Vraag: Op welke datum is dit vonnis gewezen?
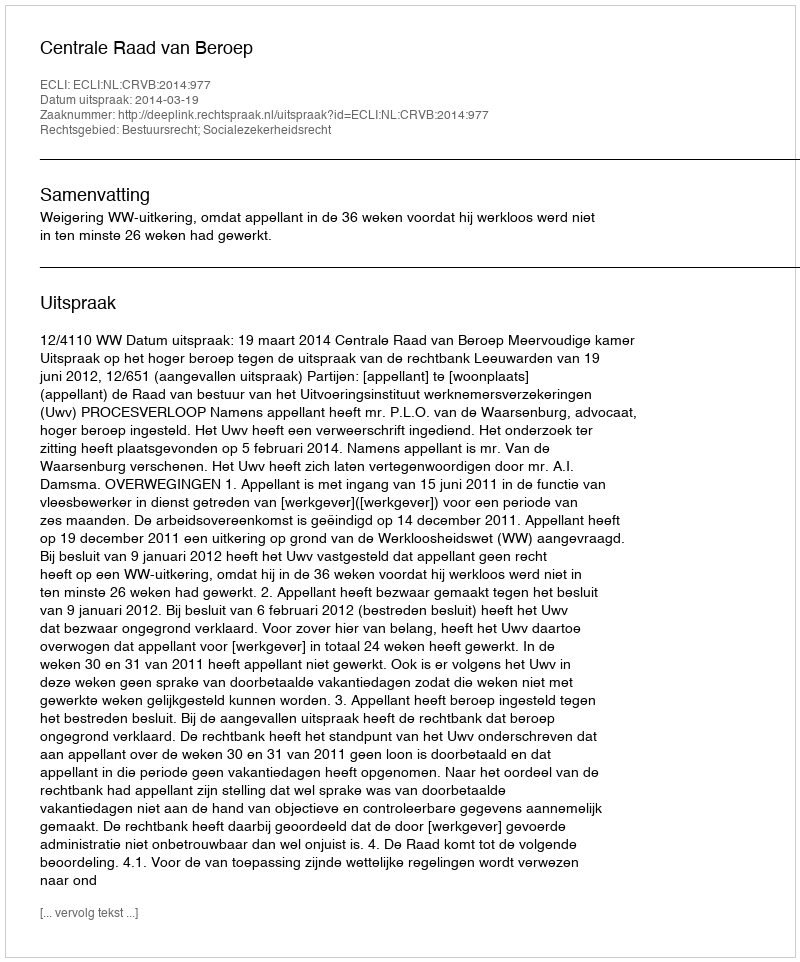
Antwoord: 2014-03-19